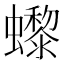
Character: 𧔌